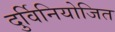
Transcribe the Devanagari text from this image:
दुर्विनियोजित